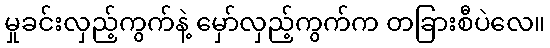
မှုခင်းလှည့်ကွက်နဲ့ မှော်လှည့်ကွက်က တခြားစီပဲလေ။